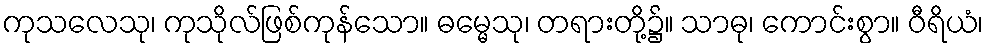
ကုသလေသု၊ ကုသိုလ်ဖြစ်ကုန်သော။ ဓမ္မေသု၊ တရားတို့၌။ သာဓု၊ ကောင်းစွာ။ ဝီရိယံ၊